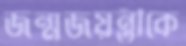
জন্মজয়ন্তীকে